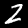
Digit: 2